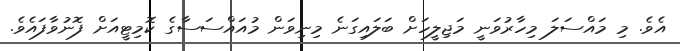
އެވެ. މި މައްސަލަ މިހާރުވަނީ މަޖިލީހަށް ބަލައިގަނެ މިނިވަން މުއައްސަސާގެ ކޮމިޓީއަށް ފޮނުވާފައެވެ.